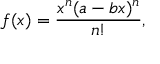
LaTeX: f ( x ) = { \frac { x ^ { n } ( a - b x ) ^ { n } } { n ! } } ,